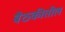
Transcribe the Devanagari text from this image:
बैठकीतील